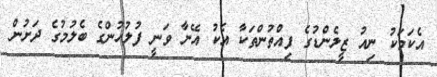
އެކަމަކު ނިއު ޒީލެންޑުގެ ފިއްތުންތަކާ އެކު އޭނާ ވަނީ ފުލުހުންގެ ބެލުމުގެ ދަށުން